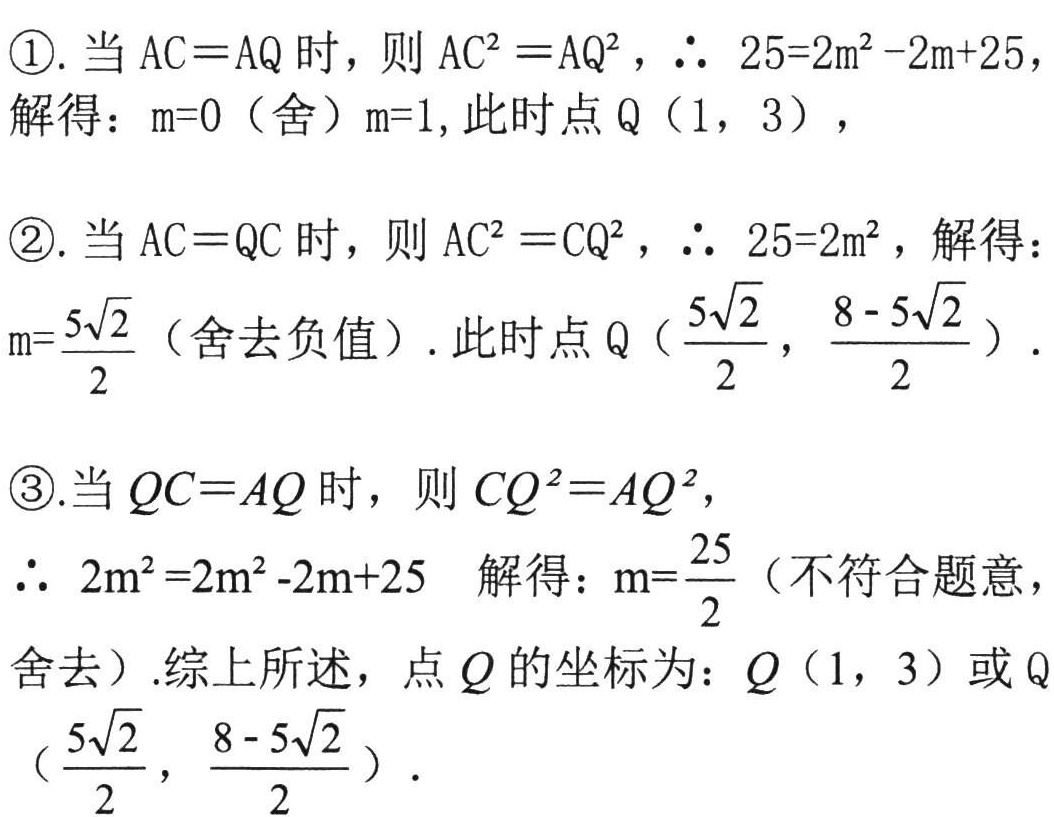
\textcircled{1}. 当 \(AC = AQ\) 时，则 \(AC^{2}=AQ^{2}\)，\(\therefore 25 = 2m^{2}-2m + 25\)，
解得：\(m = 0\)（舍）\(m = 1\)，此时点 \(Q(1,3)\)，
\textcircled{2}. 当 \(AC = QC\) 时，则 \(AC^{2}=CQ^{2}\)，\(\therefore 25 = 2m^{2}\)，解得：
\(m=\frac{5\sqrt{2}}{2}\)（舍去负值）. 此时点 \(Q(\frac{5\sqrt{2}}{2},\frac{8 - 5\sqrt{2}}{2})\).
\textcircled{3}. 当 \(QC = AQ\) 时，则 \(CQ^{2}=AQ^{2}\)，
\(\therefore 2m^{2}=2m^{2}-2m + 25\) 解得：\(m=\frac{25}{2}\)（不符合题意，
舍去）.综上所述，点 \(Q\) 的坐标为：\(Q(1,3)\) 或 \(Q(\frac{5\sqrt{2}}{2},\frac{8 - 5\sqrt{2}}{2})\).